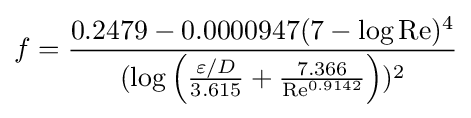
f={\frac {0.2479-0.0000947(7-\log \mathrm {Re} )^{4}}{(\log \left({\frac {\varepsilon /D}{3.615}}+{\frac {7.366}{\mathrm {Re} ^{0.9142}}}\right))^{2}}}